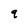
Character: q